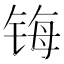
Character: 𰾄